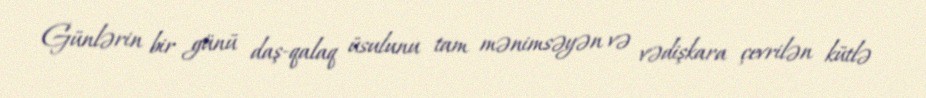
Günlərin bir günü daş-qalaq üsulunu tam mənimsəyən və vədişkara çevrilən kütlə